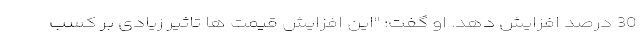
30 درصد افزایش دهد. او گفت: "این افزایش قیمت ها تاثیر زیادی بر کسب